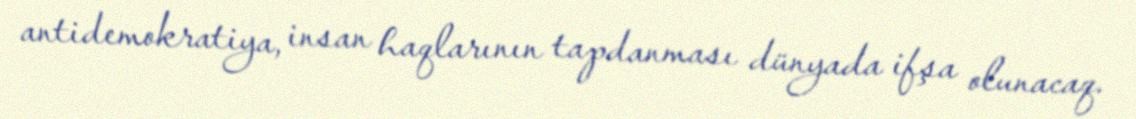
antidemokratiya, insan haqlarının tapdanması dünyada ifşa olunacaq.